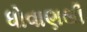
ધોવાણથી